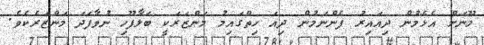
މޫނަށް އެޅެމުން ދިއައިރު ފެންނަމުން ދިއަ ހިތްގައިމު މަންޒަރަކީ ބަލާފޫހި ނުވާފަދަ މަންޒަރެކެވެ.